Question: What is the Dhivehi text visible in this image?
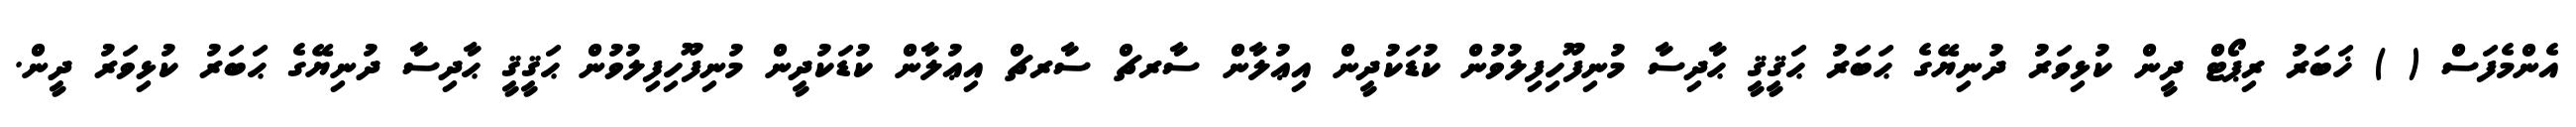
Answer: އެންމެފަސް ( ) ޚަބަރު ރިޕޯޓް ދީން ކުޅިވަރު ދުނިޔޭގެ ޙަބަރު ޙަޤީޤީ ޙާދިސާ މުނިފޫހިފިލުވުން ކުޑަކުދީން އިޢުލާން ސާރޗް ސާރޗް އިޢުލާން ކުޑަކުދީން މުނިފޫހިފިލުވުން ޙަޤީޤީ ޙާދިސާ ދުނިޔޭގެ ޙަބަރު ކުޅިވަރު ދީން.